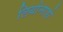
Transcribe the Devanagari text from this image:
लियोनाडो